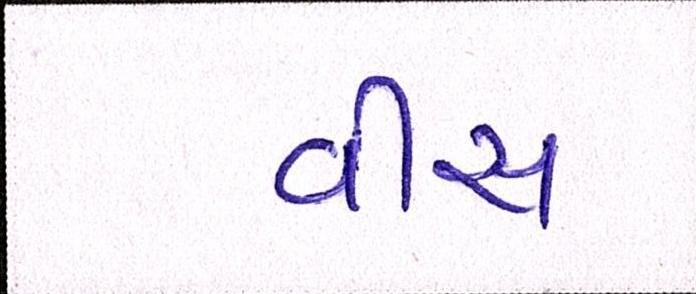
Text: વીસ